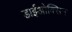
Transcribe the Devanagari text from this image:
डाईओक्सिन